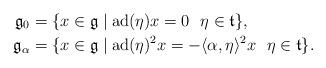
LaTeX: \begin{align*}\mathfrak{g}_0&=\{x \in \mathfrak{g} \mid \operatorname{ad}(\eta)x = 0 \ \ \eta \in \mathfrak{t} \},\\\mathfrak{g}_\alpha&=\{x \in \mathfrak{g} \mid \operatorname{ad}(\eta)^2x = - \langle \alpha, \eta \rangle ^2 x \ \ \eta \in \mathfrak{t} \}.\end{align*}